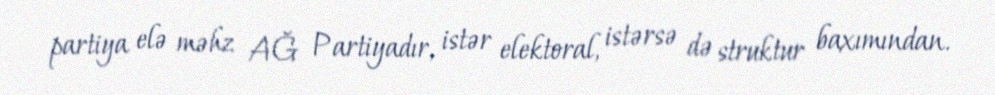
partiya elə məhz AĞ Partiyadır, istər elektoral, istərsə də struktur baxımından.